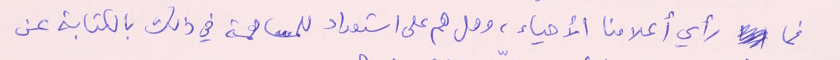
فما رأي أعلامنا الأحياء، وهل هم على استعداد للمساهمة في ذلك بالكتابة عن